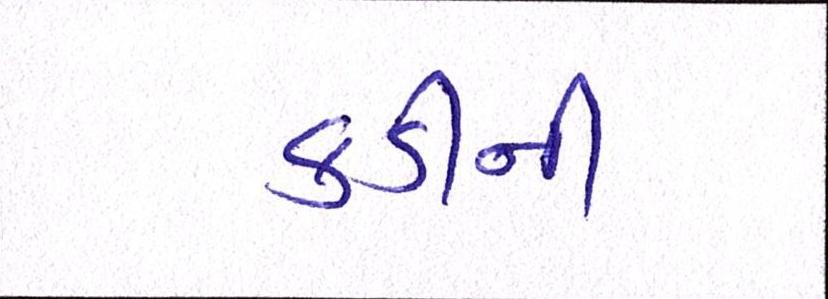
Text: કડીની